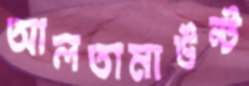
আলতামাউন্ট